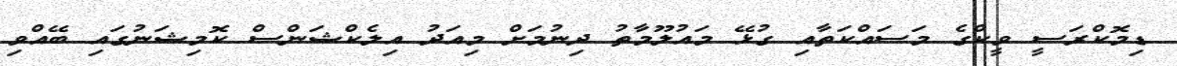
ޑިމޮކްރަސީ ވީކްގެ މަސައްކަތާއި ގުޅޭ މައުލޫމާތު ދިނުމަށް މިއަދު އިލެކްޝަންސް ކޮމިޝަނުގައި ބޭއްވި